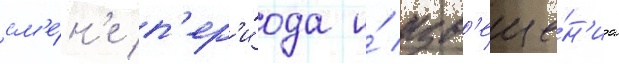
см'е́н'е п'ер'и́ода и́ изв'еще́н'иа